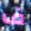
ف